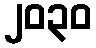
၂၀၃၀